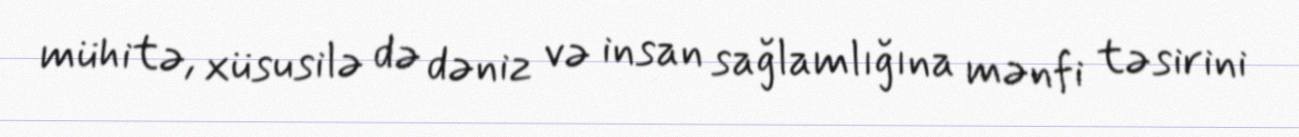
mühitə, xüsusilə də dəniz və insan sağlamlığına mənfi təsirini